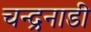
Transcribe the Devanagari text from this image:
चन्द्रनाडी